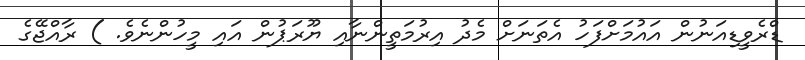
ޑްރެވީޑިއަނުން އައުމަށްފަހު އެތަނަށް މެދު އިރުމަތީންނާއި ޔޫރަޕުން އައި މީހުންނެވެ. ) ރާއްޖޭގެ